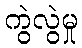
ကွဲလွဲမှု